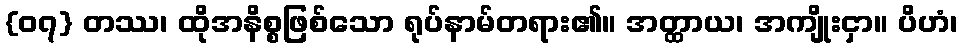
{၀၇} တဿ၊ ထိုအနိစ္စဖြစ်သော ရုပ်နာမ်တရား၏။ အတ္ထာယ၊ အကျိုးငှာ။ ပိဟံ၊